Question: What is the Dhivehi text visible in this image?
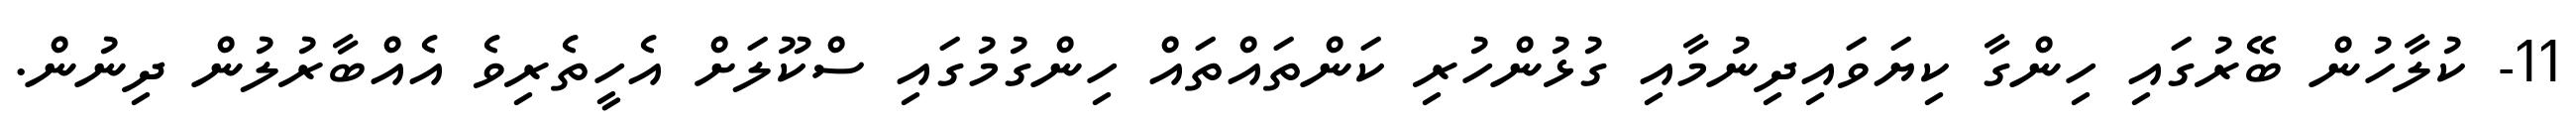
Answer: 11- ކުލާހުން ބޭރުގައި ހިންގާ ކިޔަވައިދިނުމާއި ގުޅުންހުރި ކަންތައްތައް ހިންގުމުގައި ސްކޫލަށް އެހީތެރިވެ އެއްބާރުލުން ދިނުން.